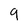
Character: 9